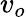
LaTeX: v_{o}